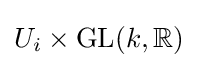
U_{i}\times \mathrm {GL} (k,\mathbb {R} )